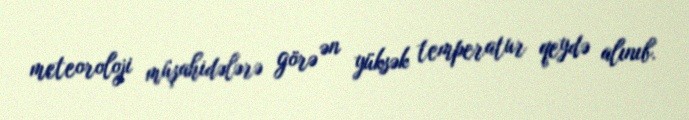
meteoroloji müşahidələrə görə ən yüksək temperatur qeydə alınıb.